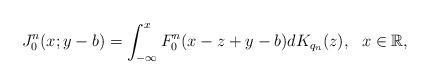
LaTeX: \begin{align*}J^n_0(x;y-b)=\int_{-\infty}^{x}F_0^n(x-z+y-b)dK_{q_n}(z), \ \ x \in \mathbb R,\end{align*}